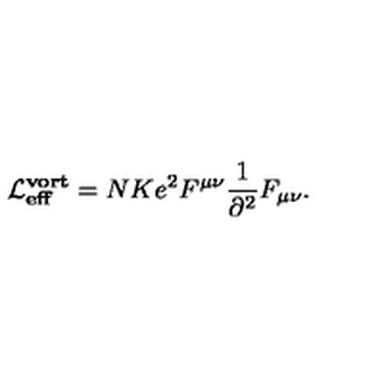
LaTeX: { \cal L } _ { \bf e f f } ^ { \bf v o r t } = N K e ^ { 2 } F ^ { \mu \nu } \frac { 1 } { \partial ^ { 2 } } F _ { \mu \nu } .